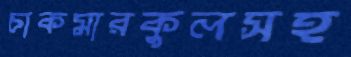
চাকমারকুলসহ